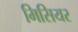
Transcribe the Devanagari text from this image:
मिसियर